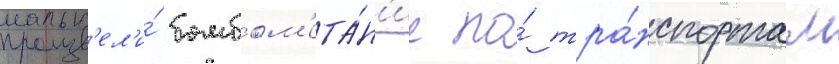
произв'ел'и́ бомбом'ета́н'ие по́ тра́нспортам